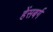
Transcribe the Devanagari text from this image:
हेंसबर्ग